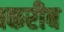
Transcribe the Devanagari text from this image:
।करीब